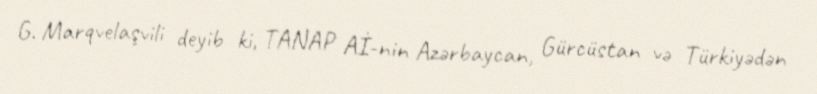
G. Marqvelaşvili deyib ki, TANAP Aİ-nin Azərbaycan, Gürcüstan və Türkiyədən